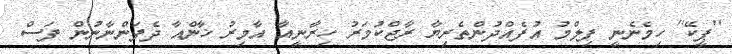
''ޕީކޭ'' ހިމެނެނީ ފިލްމު އުފެއްދުންތެރިޔާ ރާޖްކުމަރު ހިރާނީއާ އާމިރު ޚާންއާ ދެފަންނާނުން ފަސް